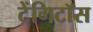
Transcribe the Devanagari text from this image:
टेंगिटॉस